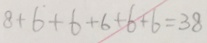
8 + 6 + 6 + 6 + 6 + 6 = 3 8